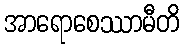
အာရောစေဿာမီတိ